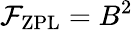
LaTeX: \mathcal{F}_{\mathrm{ZPL}}=B^{2}